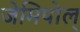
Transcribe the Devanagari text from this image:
जेमिपोल्